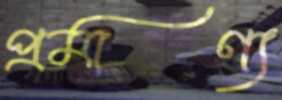
প্রমাণ্য